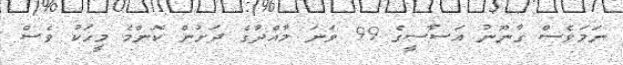
ނަމަވެސް ގާނޫނު އަސާސީގެ 99 ވަނަ މާއްދާގެ ދަށުން ކޮންމެ މީހަކު ވެސް